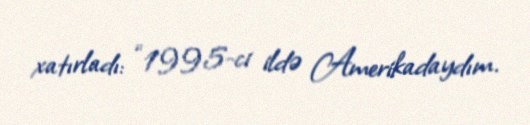
xatırladı: “1995-ci ildə Amerikadaydım.